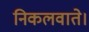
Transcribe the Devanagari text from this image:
निकलवाते।